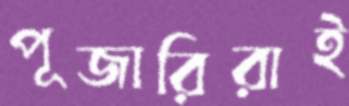
পূজারিরাই